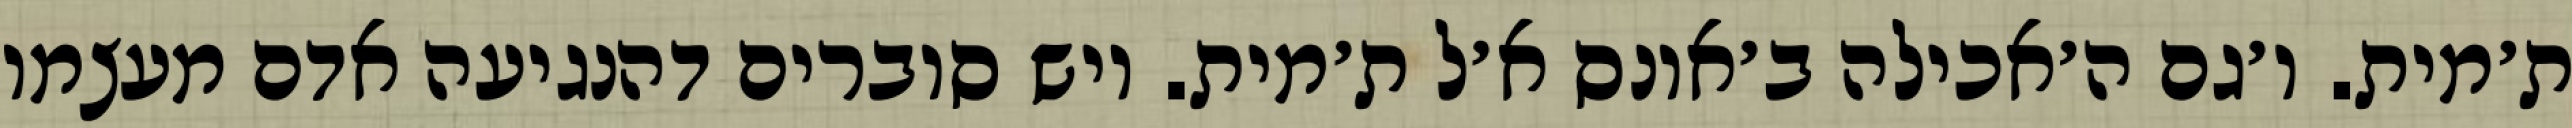
ת׳מית. ו׳גם ה׳אכילה ב׳אונס א׳ל ת׳מית. ויש סוברים דהנגיעה אדם מעצמו